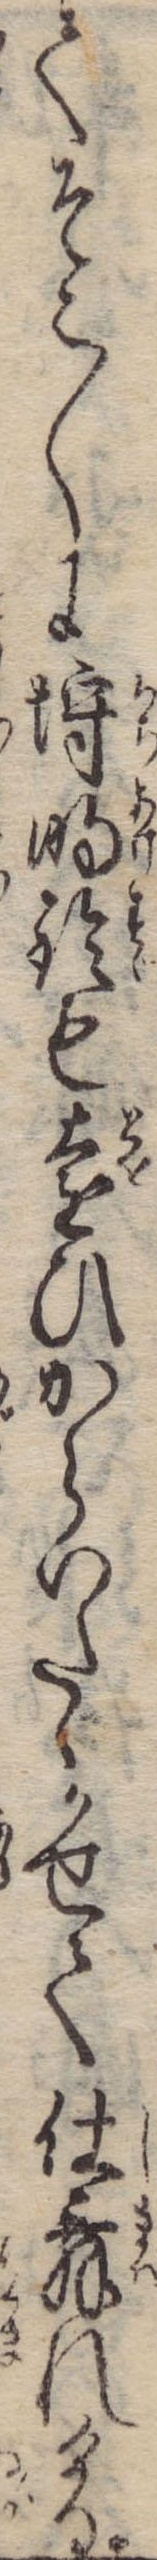
てそこ〱に埒明鈴も遠ひからいたゝかせて仕舞れける